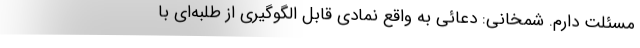
مسئلت دارم. شمخانی: دعائی به واقع نمادی قابل الگوگیری از طلبه‌ای با